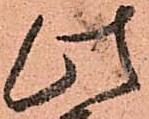
此